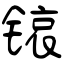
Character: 锿